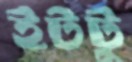
ইটটু